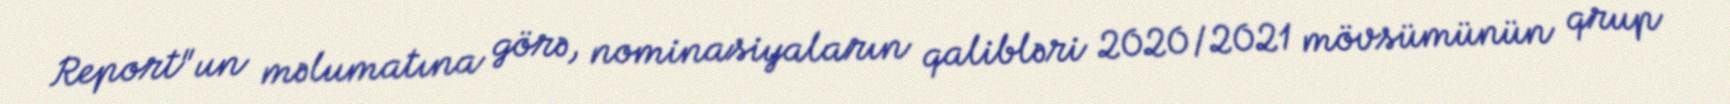
Report"un məlumatına görə, nominasiyaların qalibləri 2020/2021 mövsümünün qrup